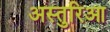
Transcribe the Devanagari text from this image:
अस्तुरिआ